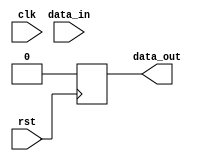
module sequential_logic (
    input rst,
    input clk,
    input data_in,
    output reg data_out
);

always @(posedge rst) begin
    // Define the logic or operations to be executed on positive edge of rst signal
    // For example, initialize or reset certain values or states
    data_out <= 0; // Reset data_out to 0 when rst signal transitions from low to high
end

endmodule